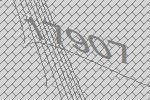
17907